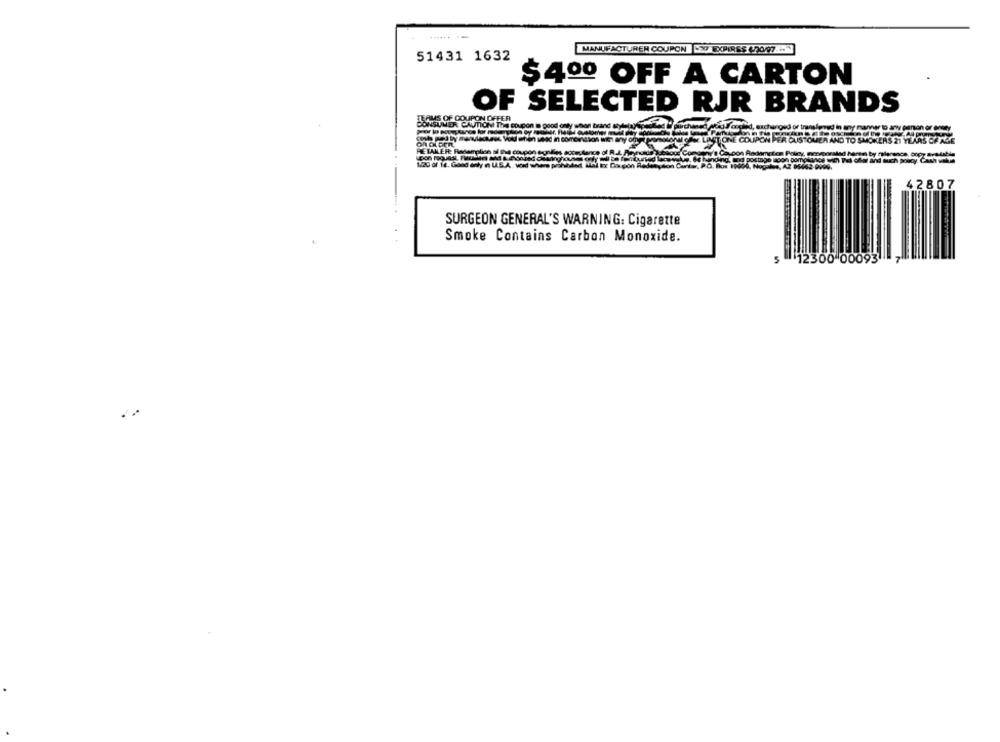
MANUFACTURER
51431 1632
$4ºº OFF A CARTON
OF SELECTED RJR BRANDS
TEAMS OF COUPON DFFER
CONSUMER CAUTION The Coupon @ PO
OMER AND TO SMOKER
HEIAMER: Radomplice si The coupon
120 of 12. Good only n U.S.A. voel where proh
42807
SURGEON GENERAL'S WARNING: Cigarette
Smoke Contains Carbon Monoxide.
5 12300 00093 7